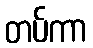
တပ်ကာ